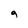
Character: g